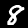
Label: 8